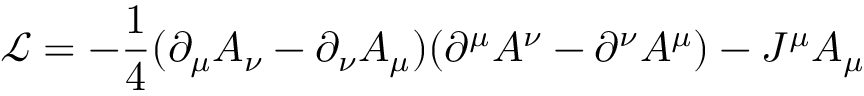
\mathcal { L } = - \frac { 1 } { 4 } ( \partial _ { \mu } A _ { \nu } - \partial _ { \nu } A _ { \mu } ) ( \partial ^ { \mu } A ^ { \nu } - \partial ^ { \nu } A ^ { \mu } ) - J ^ { \mu } A _ { \mu }